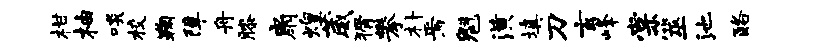
柑柚啖校鞠障舟膝扇煌葳猾攀朴焉魁潢填刀玄峰棠筮池酪